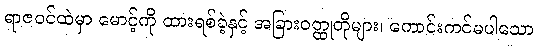
ရာဇဝင်ထဲမှာ မောင့်ကို ထားရစ်ခဲ့နှင့် အခြားဝတ္ထုတိုများ၊ ကောင်းကင်မပါသော